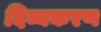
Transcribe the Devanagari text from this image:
दिव्यकरण